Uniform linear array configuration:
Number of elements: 48
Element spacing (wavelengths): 1
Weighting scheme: kaiser
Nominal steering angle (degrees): -45
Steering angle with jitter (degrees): -44.148
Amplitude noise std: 0.05
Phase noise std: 0.05

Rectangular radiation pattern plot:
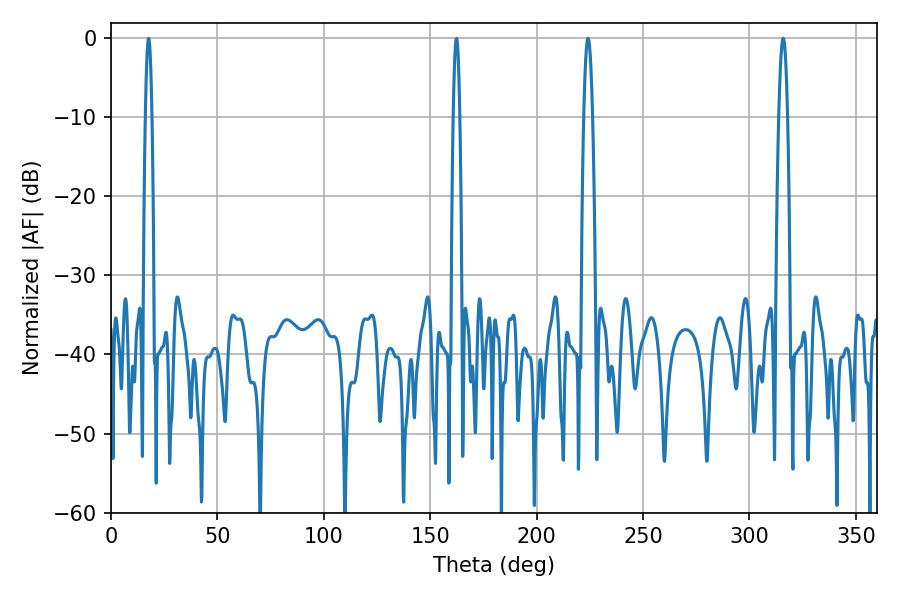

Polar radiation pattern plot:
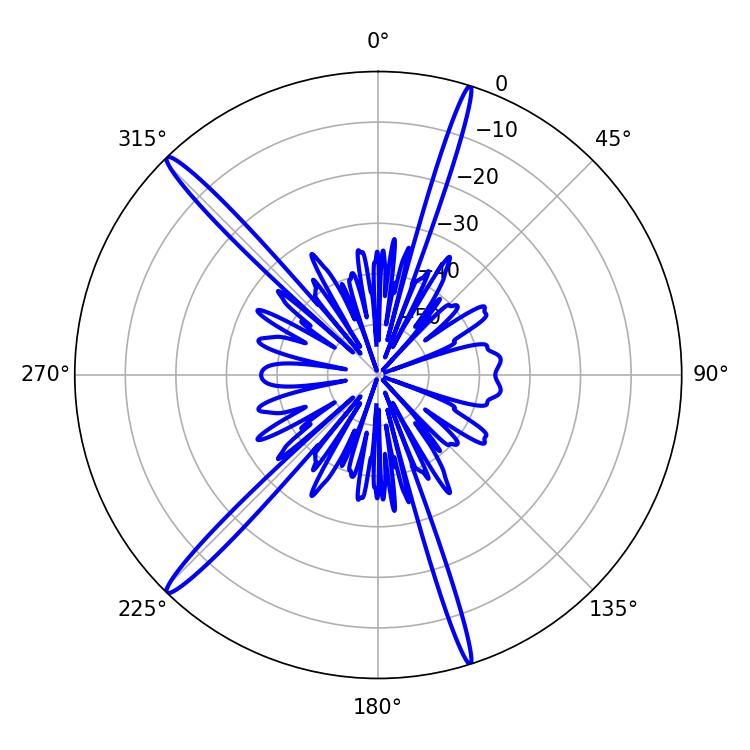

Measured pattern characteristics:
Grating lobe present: TRUE
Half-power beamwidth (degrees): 1.62
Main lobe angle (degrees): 162.36